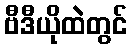
ဗီဒီယိုထဲတွင်